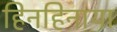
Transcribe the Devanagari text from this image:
हिनहिनाया